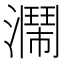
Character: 𤂗